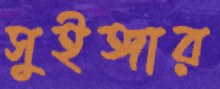
সুইঙ্গার